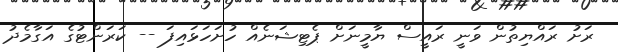
ރަށު ރައްޔިތުން ވަނީ ރައީސް ޔާމީނަށް ޕެޓިޝަނެެއް ހުށަހަޅައިފަ -- ކަރަންޓުގެ އަގާމެދު